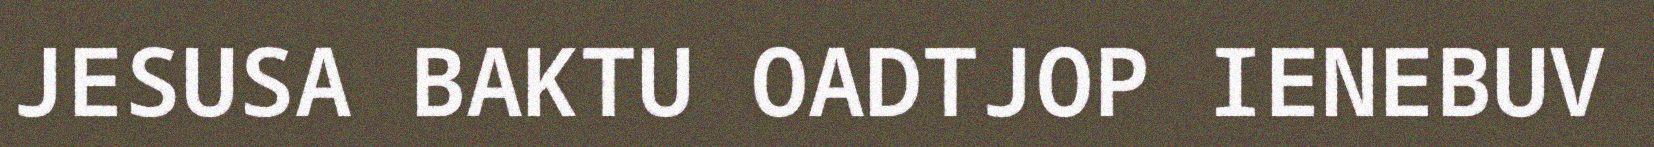
JESUSA BAKTU OADTJOP IENEBUV